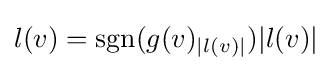
l(v)=\operatorname {sgn} (g(v)_{|l(v)|})|l(v)|